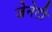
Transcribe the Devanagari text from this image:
जेनेटी